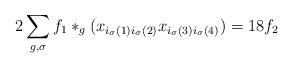
LaTeX: \begin{align*}2 \sum_{g,\sigma} f_1 \ast_g (x_{i_\sigma(1)i_\sigma(2)}x_{i_\sigma(3)i_\sigma(4)}) = 18 f_{2}\end{align*}